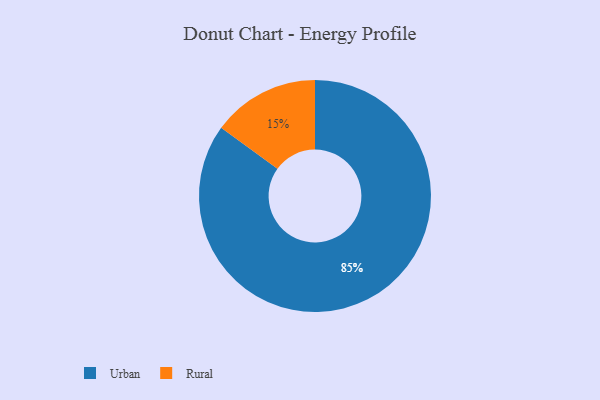
{"axis": {"x": "Category", "y": "Percentage"}, "legend": ["Rural", "Urban"], "data": [{"x": "Urban", "y": 85, "type": "Urban"}, {"x": "Rural", "y": 15, "type": "Rural"}]}